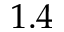
1 . 4